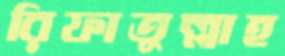
রিফাতুল্লাহ